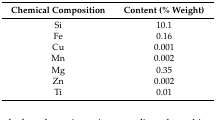
| Chemical Composition | Content (% Weight) |
 | --- | --- |
 | Si | 10.1 |
 | Fe | 0.16 |
 | Cu | 0.001 |
 | Mn | 0.002 |
 | Mg | 0.35 |
 | Zn | 0.002 |
 | Ti | 0.01 |